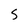
Character: S